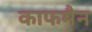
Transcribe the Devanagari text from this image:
काफमैन